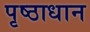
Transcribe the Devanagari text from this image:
पृष्ठाधान